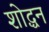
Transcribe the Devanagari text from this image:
शोद्धन